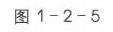
图1−2−5